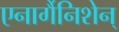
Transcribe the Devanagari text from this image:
एनार्गैनिशेन्